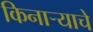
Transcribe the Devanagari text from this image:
किनाऱ्याचे